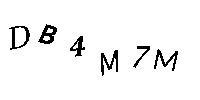
DB4M7M